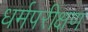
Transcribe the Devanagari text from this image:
धर्मपरीक्षण